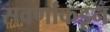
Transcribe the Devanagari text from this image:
सवर्णांकडून